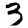
Digit: 3